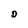
Character: D